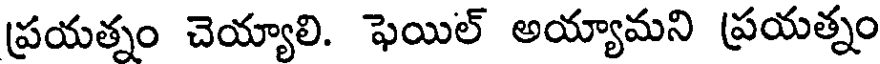
ప్రయత్నం చెయ్యాలి. ఫెయిల్ అయ్యామని ప్రయత్నం